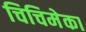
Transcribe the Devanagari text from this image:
चिचिमेका